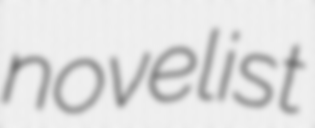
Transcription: novelist